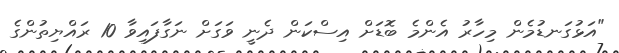
"އަޅުގަނޑުމެން މިހާރު އެންމެ ބޮޑަށް އިސްކަން ދެނީ ވަގަށް ނަގާފައިވާ 10 ރައްޔިތުންގެ